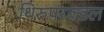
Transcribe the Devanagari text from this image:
थिरुपरक्डल